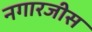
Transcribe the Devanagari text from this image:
नगारजीस